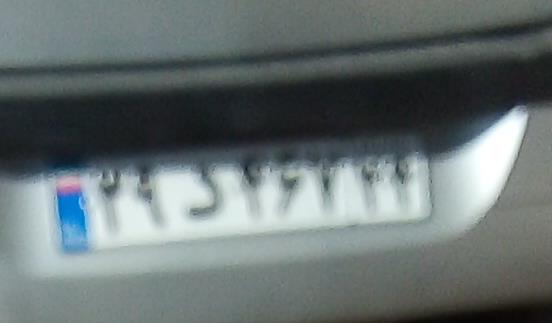
۲۹د۴۶۷۲۴